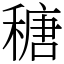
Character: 䅯